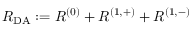
R _ { \mathrm { D A } } : = R ^ { ( 0 ) } + R ^ { ( 1 , + ) } + R ^ { ( 1 , - ) }